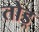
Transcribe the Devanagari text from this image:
तोड़्